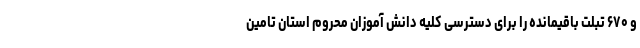
و ۶۷۰ تبلت باقیمانده را برای دسترسی کلیه دانش آموزان محروم استان تامین